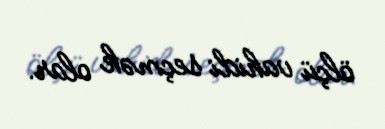
ölçü vahidi seçmək olar.